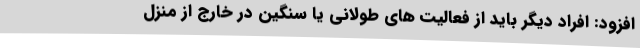
افزود: افراد دیگر باید از فعالیت های طولانی یا سنگین در خارج از منزل